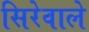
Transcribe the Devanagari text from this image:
सिरेवाले